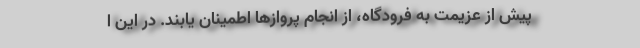
پیش از عزیمت به فرودگاه، از انجام پروازها اطمینان یابند. در این ا